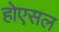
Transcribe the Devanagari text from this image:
होएसल